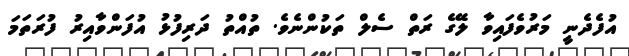
އުފެދެނީ މަރުވެފައިވާ ލޭގެ ރަތް ސެލް ތަކުންނެވެ. ތުއްތު ދަރިފުޅު އުފަންވާއިރު ފުރަތަމަ